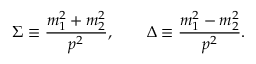
\Sigma \equiv \frac { m _ { 1 } ^ { 2 } + m _ { 2 } ^ { 2 } } { p ^ { 2 } } , \qquad \Delta \equiv \frac { m _ { 1 } ^ { 2 } - m _ { 2 } ^ { 2 } } { p ^ { 2 } } .